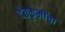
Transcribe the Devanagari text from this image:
दंतकृमींचा